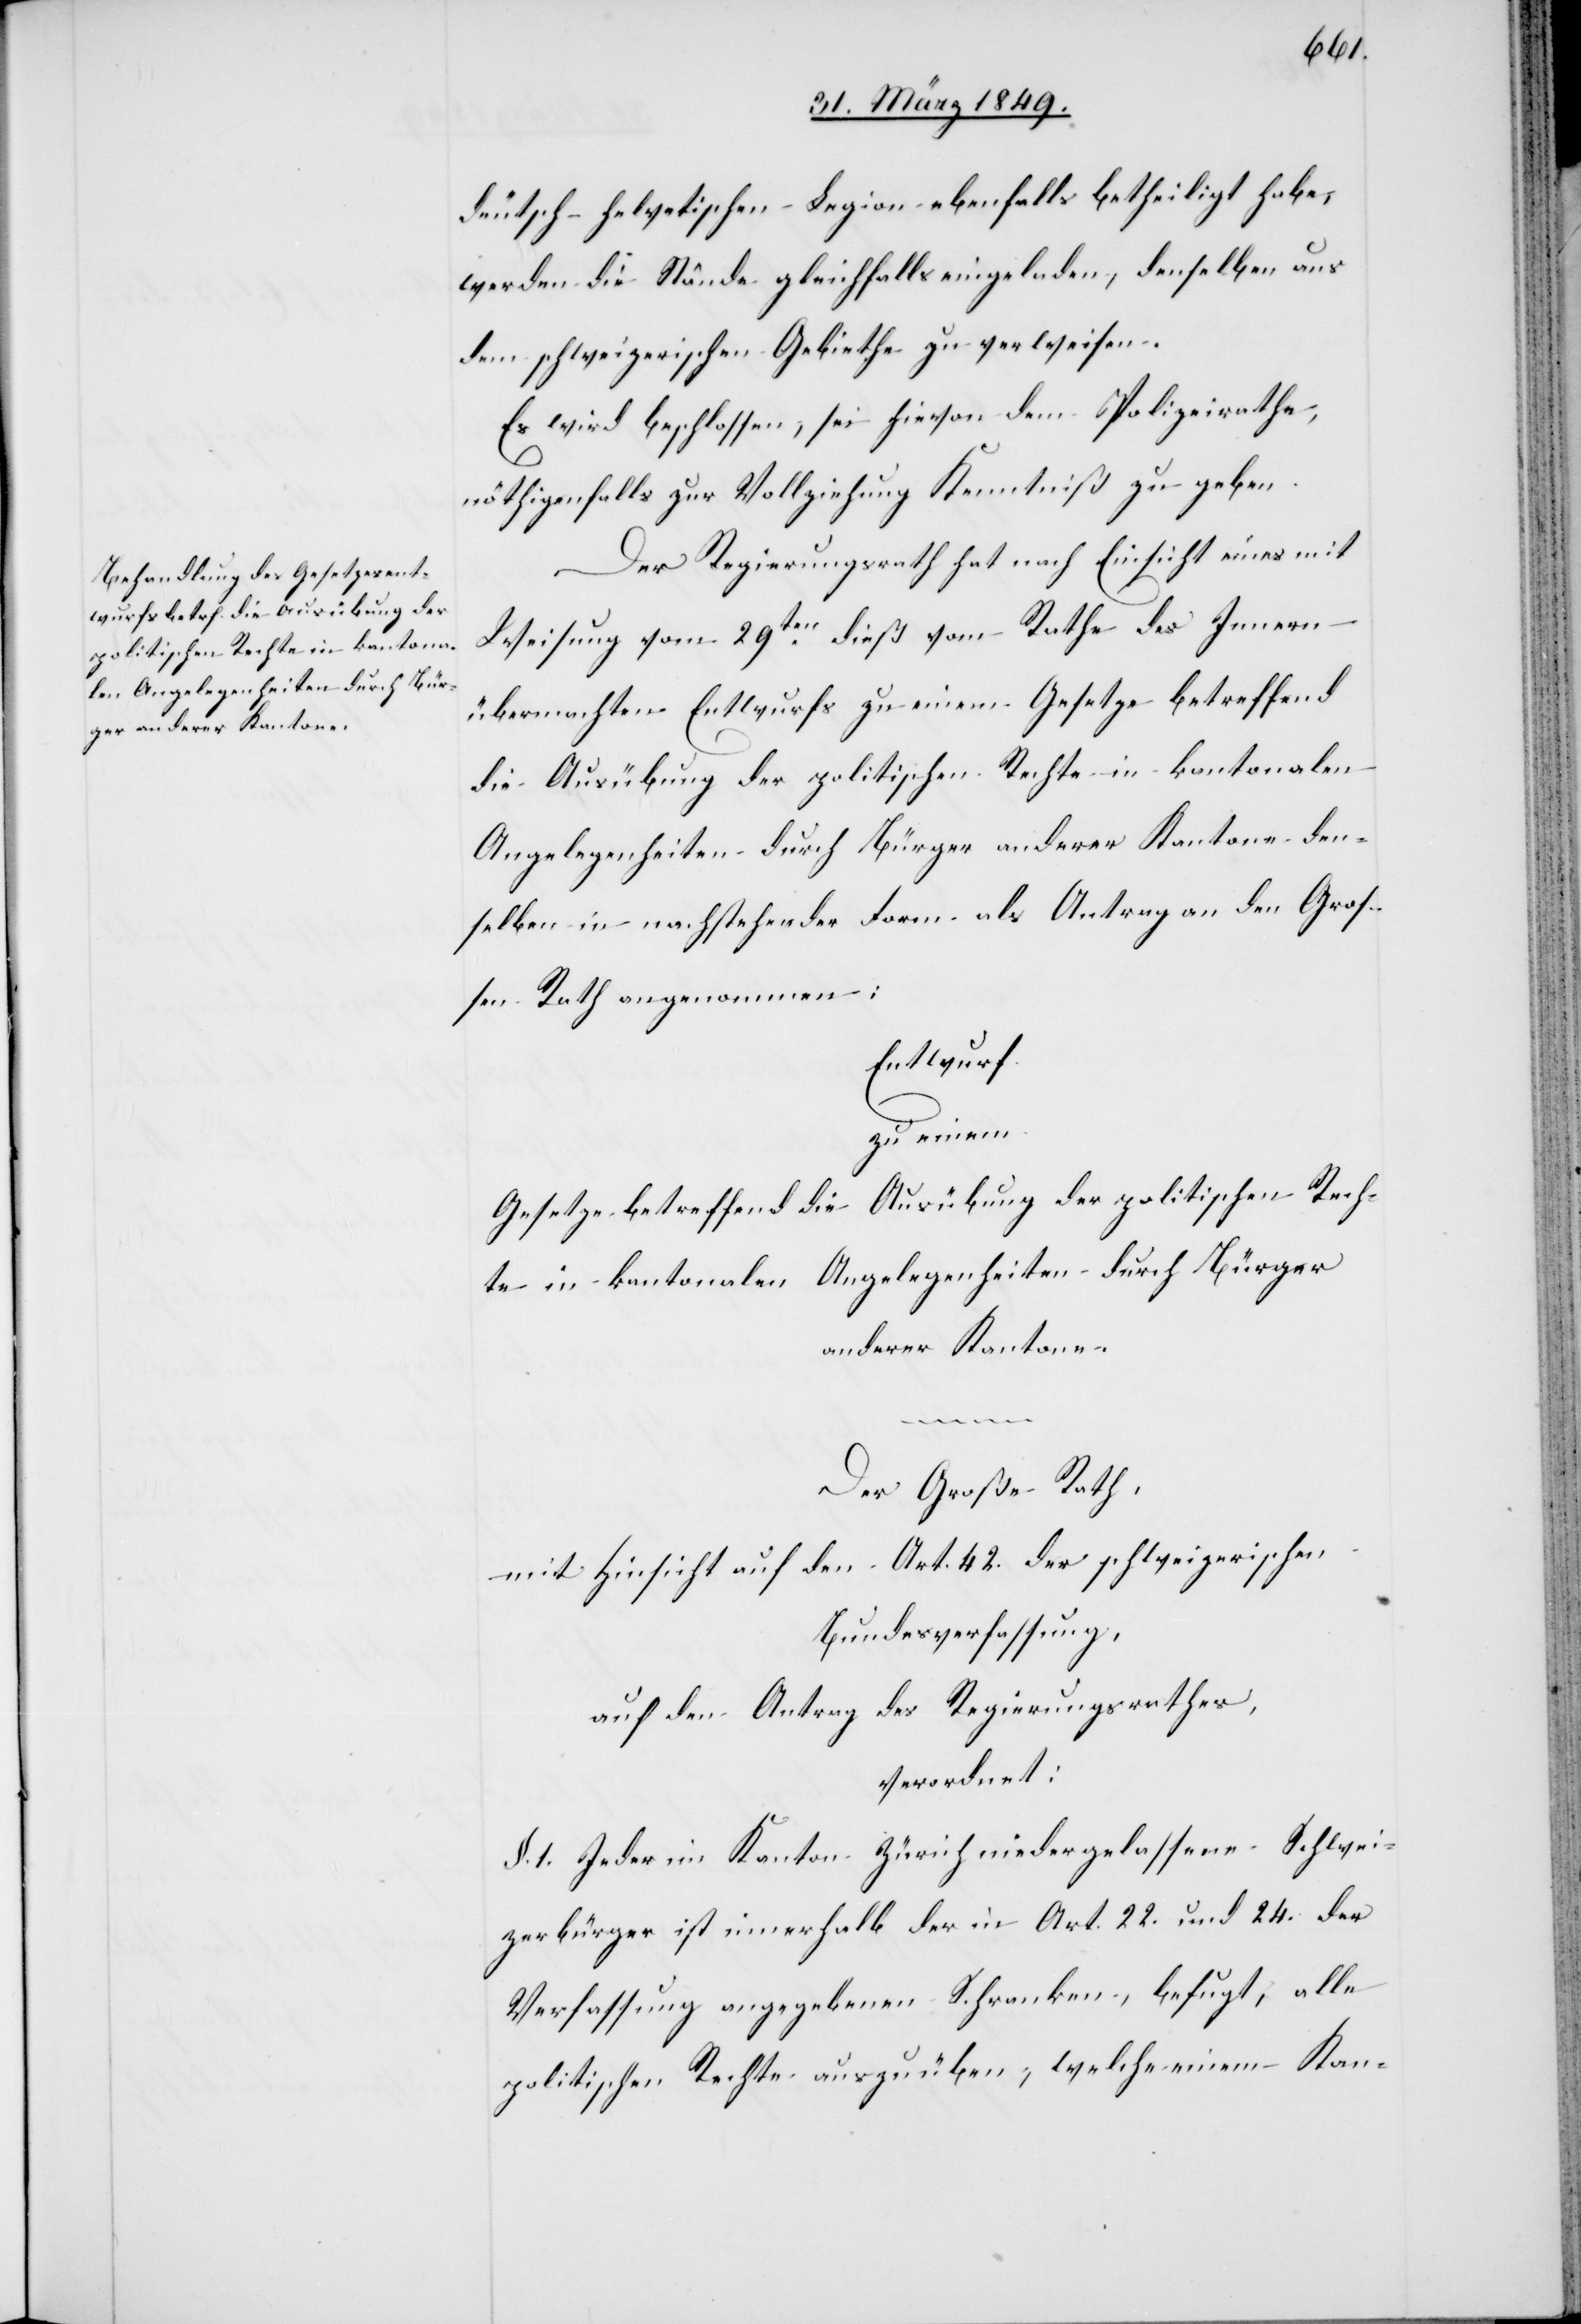
deutsch-helvetischen Legion ebenfalls betheiligt habe,
werden die Stände gleichfalle eingeladen, denselben aus
dem schweizerischen Gebiethe zu verweisen.
Es wird beschlossen, sei hievon dem Polizeirathe,
nöthigenfalls zur Vollziehung Kenntniß zu geben.
Der Regierungsrath hat nach Einsicht eines mit
Weisung vom 29ten. dieß vom Rathe des Innern
übermachten Entwurfs zu einem Gesetze betreffend
die Ausübung der politischen Rechte in kantonalen
Angelegenheiten durch Bürger anderer Kantone den¬
selben in nachstehender Form als Antrag an den Groß¬
en Rath angenommen:
Entwurf
zu einem
Gesetze betreffend die Ausübung der politischen Rech¬
te in kantonalen Angelegenheiten durch Bürger
anderer Kantone.
Der Große Rath,
mit Hinsicht auf den Art. 42. der schweizerischen
Bundesverfassung,
auf den Antrag des Regierungsrathes
verordnet:
§. 1. Jeder im Kanton Zürich niedergelassene Schwei¬
zerbürger ist innerhalb der in Art. 22. und 24. der
Verfassung angegebenen Schranken, befugt, alle
politischen Rechte auszuüben, welche einem Kan-